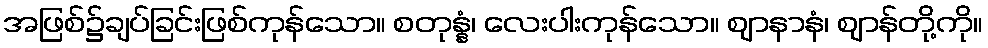
အဖြစ်၌ချပ်ခြင်းဖြစ်ကုန်သော။ စတုန္နံ၊ လေးပါးကုန်သော။ ဈာနာနံ၊ ဈာန်တို့ကို။